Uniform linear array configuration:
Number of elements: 32
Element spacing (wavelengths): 1
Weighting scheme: cosine
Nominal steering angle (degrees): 60
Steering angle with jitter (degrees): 59.738
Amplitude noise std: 0.05
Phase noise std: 0.05

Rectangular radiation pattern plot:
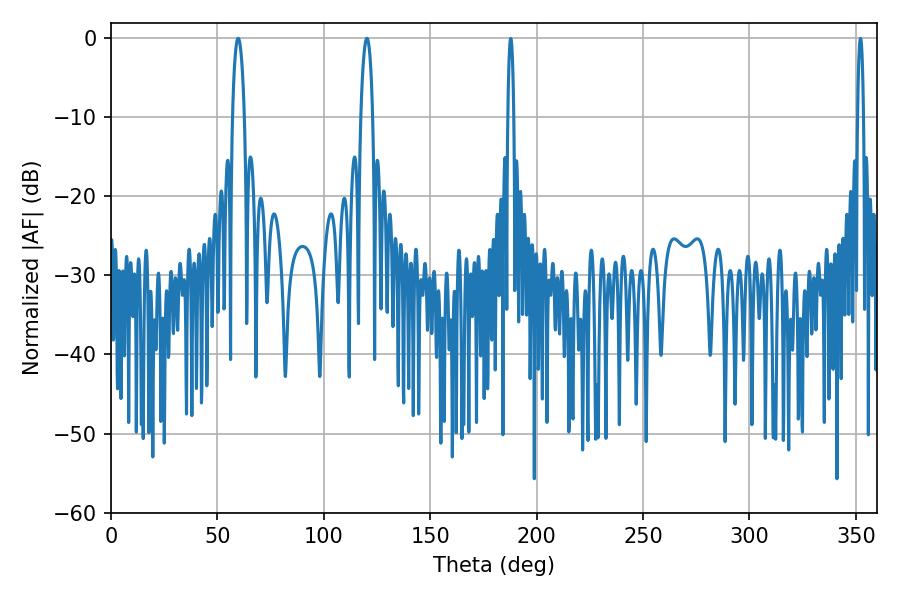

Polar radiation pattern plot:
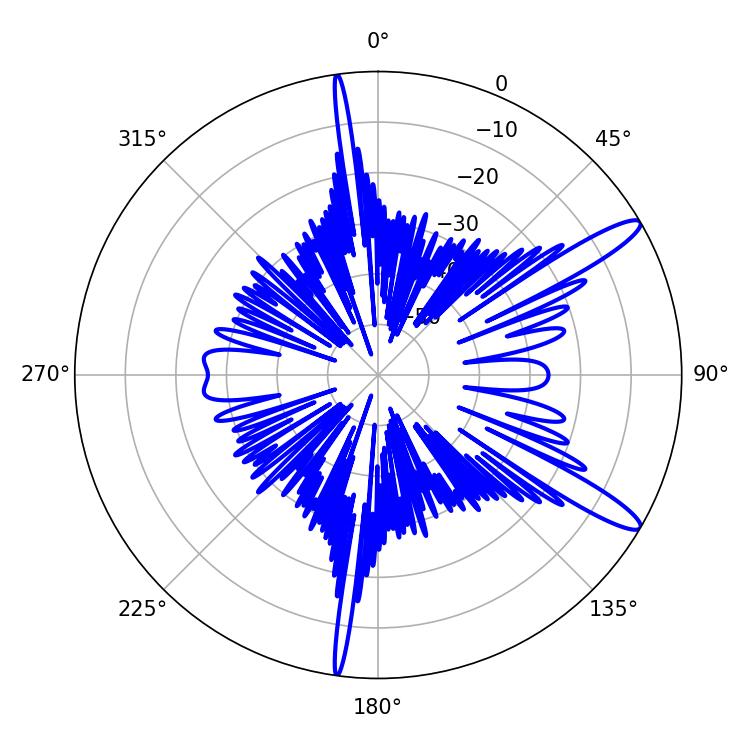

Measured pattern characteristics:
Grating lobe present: TRUE
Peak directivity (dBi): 13.091
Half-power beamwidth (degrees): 3.24
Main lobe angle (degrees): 59.76